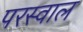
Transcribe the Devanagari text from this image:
परस्वाल